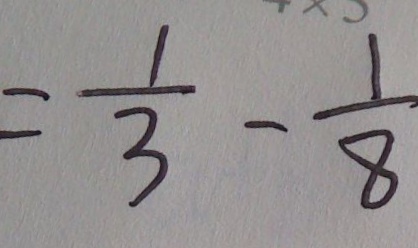
= \frac { 1 } { 3 } - \frac { 1 } { 8 }